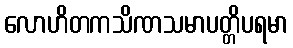
လောဟိတကသိဏသမာပတ္တိပရမာ